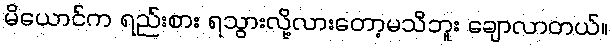
မိယောင်က ရည်းစား ရသွားလို့လားတော့မသိဘူး ချောလာတယ်။